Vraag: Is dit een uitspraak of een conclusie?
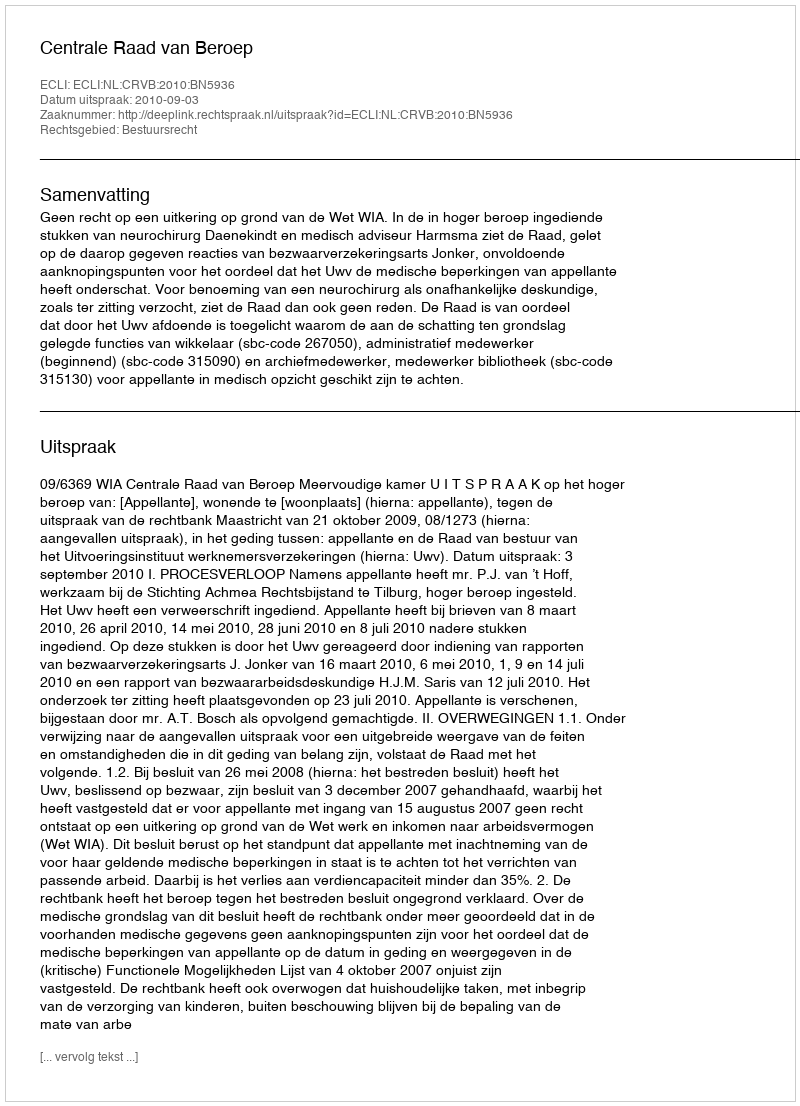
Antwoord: Uitspraak